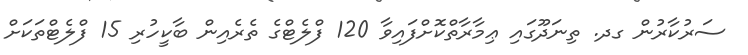
ސަރުކާރުން ގދ. ތިނަދޫގައި ޢިމާރާތްކޮށްފައިވާ 120 ފްލެޓްގެ ތެރެއިން ބާކީހުރި 15 ފްލެޓްތަކަށް